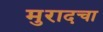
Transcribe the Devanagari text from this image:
मुरादचा